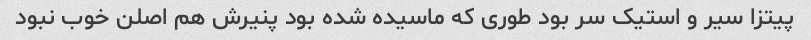
پیتزا سیر و استیک سر بود طوری که ماسیده شده بود پنیرش هم اصلن خوب نبود